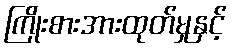
ကြိုးစားအားထုတ်မှုနှင့်